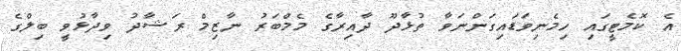
އެ ކޮމެޓީގައި ހިމެނިވަޑައިގަންނަވާ ތުޅާދޫ ދާއިރާގެ މެމްބަރު ނާޒިމް ރަޝާދު ވިދާޅުވީ ބިލްގެ